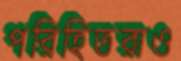
পরিহিতরাও